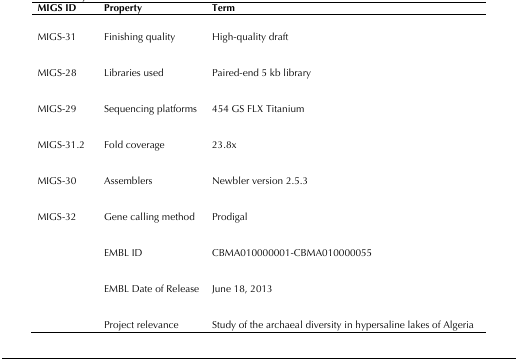
| MIGS ID | Property | Term |
 | --- | --- | --- |
 | MIGS-31 | Finishing quality | High-quality draft |
 | MIGS-28 | Libraries used | Paired-end 5 kb library |
 | MIGS-29 | Sequencing platforms | 454 GS FLX Titanium |
 | MIGS-31.2 | Fold coverage | 23.8x |
 | MIGS-30 | Assemblers | Newbler version 2.5.3 |
 | MIGS-32 | Gene calling method | Prodigal |
 |  | EMBL ID | CBMA010000001-CBMA010000055 |
 |  | EMBL Date of Release | June 18, 2013 |
 |  | Project relevance | Study of the archaeal diversity in hypersaline lakes of Algeria |